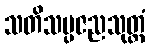
သတိသမ္ပဇညသုတ္တံ